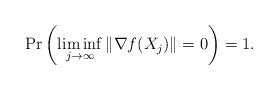
LaTeX: \begin{align*}\Pr\left( \liminf_{j \rightarrow \infty} \|\nabla f(X_j)\| = 0 \right) = 1.\end{align*}